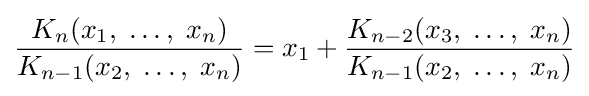
{\frac {K_{n}(x_{1},\;\ldots ,\;x_{n})}{K_{n-1}(x_{2},\;\ldots ,\;x_{n})}}=x_{1}+{\frac {K_{n-2}(x_{3},\;\ldots ,\;x_{n})}{K_{n-1}(x_{2},\;\ldots ,\;x_{n})}}